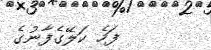
ފަހެ ކަލޭގެފާނުގެ